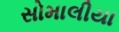
સોમાલીયા